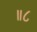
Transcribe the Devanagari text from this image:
॥८